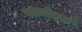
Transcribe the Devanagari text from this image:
फ्लाईट्स